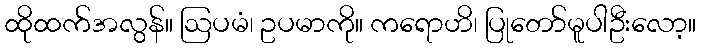
ထိုထက်အလွန်။ ဩပမံ၊ ဥပမာကို။ ကရောဟိ၊ ပြုတော်မူပါဦးလော့။